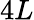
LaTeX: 4L